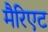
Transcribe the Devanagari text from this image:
मैरिएट